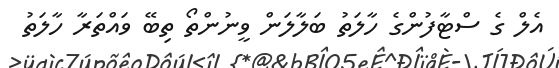
އެލް ގެ ސްޓާފުންގެ ހާލަތު ބަލާލަން ވީނުންތޯ ތިބޭ ވައްތަރާ ހާލަތު